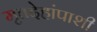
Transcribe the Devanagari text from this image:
मृतदेहांपाशी